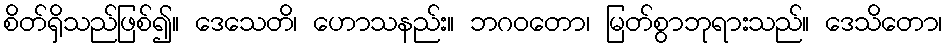
စိတ်ရှိသည်ဖြစ်၍။ ဒေသေတိ၊ ဟောသနည်း။ ဘဂဝတော၊ မြတ်စွာဘုရားသည်။ ဒေသိတော၊